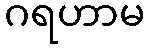
ဂရဟာမ